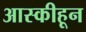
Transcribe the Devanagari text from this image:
आस्कीहून